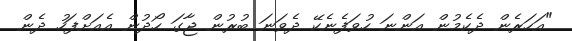
"އަހަރެން ދެކެމުން އަންނަ ހުވަފެނެކޭ ދެވަނަ ބުރުން ޖާގަ ހޯދުން އެއަށްފަހު ދެން